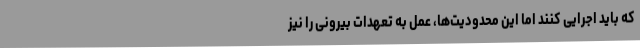
که باید اجرایی کنند اما این محدودیت‌ها، عمل به تعهدات بیرونی را نیز